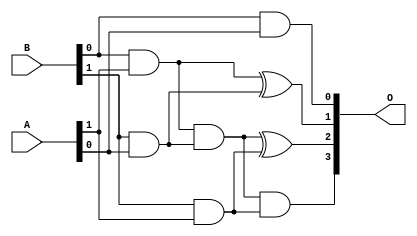
module multiplier(A, B, O);
	input [1:0]A;
	input [1:0]B;
	output [3:0]O;
	wire [1:0]temp1;
	wire [2:0]temp2;
	wire carry;
	assign temp2[0] = 0;
	and and1 (temp1[0], B[0], A[0]),
		and2 (temp1[1], B[0], A[1]),
		and3 (temp2[1], B[1], A[0]),
		and4 (temp2[2], B[1], A[1]);
	
	xor a1 (O[0], temp1[0], temp2[0]);
	xor a2 (O[1], temp1[1], temp2[1]);
	and and1_1(carry, temp1[1], temp2[1]);
	xor and1_2(O[2], carry, temp2[2]);
	and and1_3(O[3], carry, temp2[2]);
	
endmodule